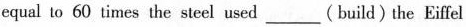
equal to 60 times the steel used___(build) the Eiffel